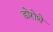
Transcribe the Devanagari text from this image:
डोरोथे